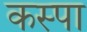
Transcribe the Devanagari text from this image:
कस्पा